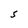
Character: S